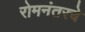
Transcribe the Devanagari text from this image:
रोमनंतरचे